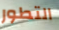
التطور